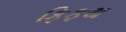
ફિફથ